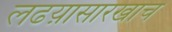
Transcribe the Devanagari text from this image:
लढय़ासारखाच